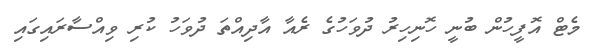
މެޓް އޮފީހުން ބުނީ ހޮނިހިރު ދުވަހުގެ ރެއާ އާދިއްތަ ދުވަހު ކުރި ވިއްސާރައިގައި